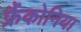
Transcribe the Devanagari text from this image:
फ्रैंकोनिया